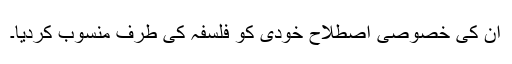
ان کی خصوصی اصطلاح خودی کو فلسفہ کی طرف منسوب کردیا۔